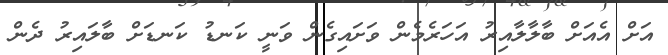
އަށް އެއަށް ބާލާލާއިރު އަހަރެމެން ވަށައިގެން ވަނީ ކަނޑު ކަނޑަށް ބާލައިރު ދެން